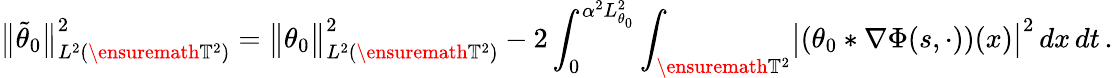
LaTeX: \bigl\| \tilde{\theta}_{0}\bigr\| _{L^{2}(\ensuremath{\mathbb{T}}^{2})}^{2}=\bigl\| \theta_{0}\bigr\| _{L^{2}(\ensuremath{\mathbb{T}}^{2})}^{2}-2\int_{0}^{\alpha^{2}L_{\theta_{0}}^{2}}\int_{\ensuremath{\mathbb{T}}^{2}}\bigl|(\theta_{0}\ast\nabla\Phi(s,\cdot))(x)\bigr|^{2}\, dx\, dt\, .